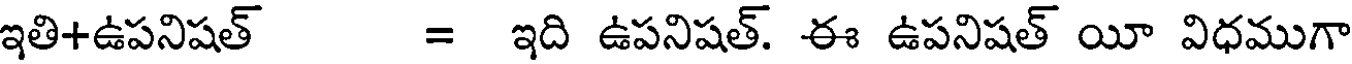
ఇతి+ఉపనిషత్ = ఇది ఉపనిషత్. ఈ ఉపనిషత్ యీ విధముగా